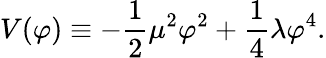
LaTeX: V(\varphi)\equiv-{\frac{1}{2}}\mu^{2}\varphi^{2}+{\frac{1}{4}}\lambda\varphi^{4}.